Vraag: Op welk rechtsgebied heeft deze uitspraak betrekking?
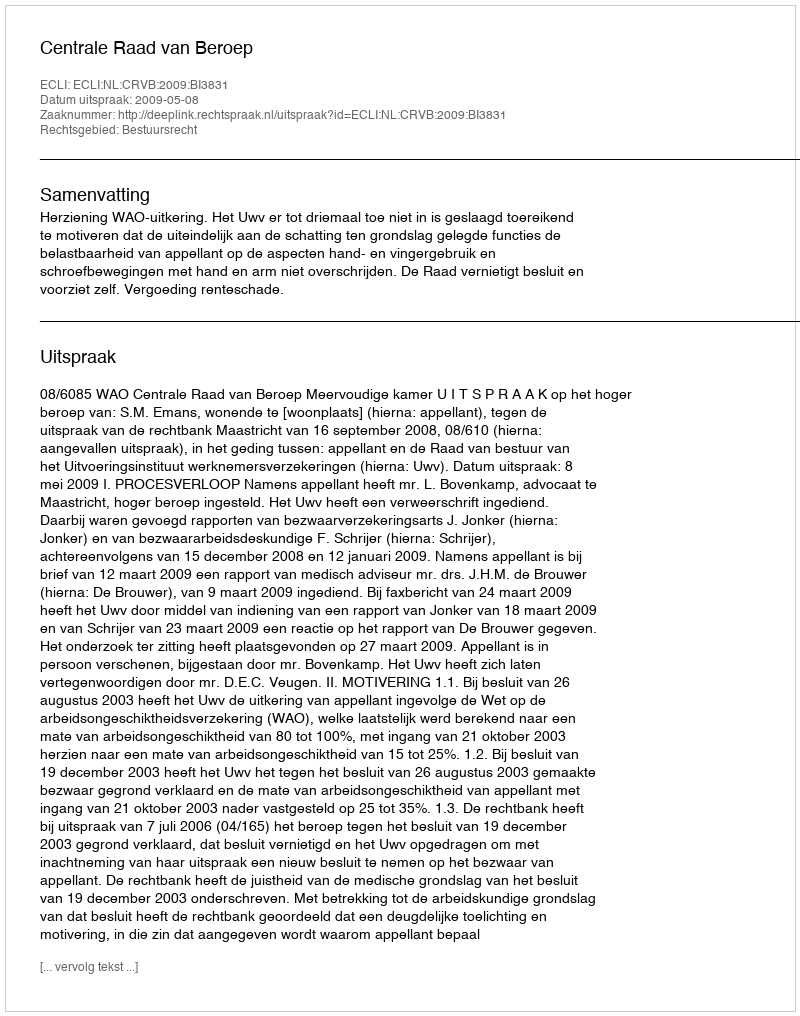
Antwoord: Bestuursrecht